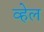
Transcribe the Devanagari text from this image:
व्‍हेल